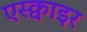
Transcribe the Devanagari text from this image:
एस्क्वाइर